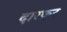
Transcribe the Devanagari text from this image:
दारफूर